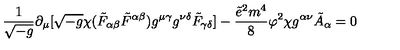
\frac { 1 } { \sqrt { - g } } \partial _ { \mu } [ \sqrt { - g } \chi ( \tilde { F } _ { \alpha \beta } \tilde { F } ^ { \alpha \beta } ) g ^ { \mu \gamma } g ^ { \nu \delta } \tilde { F } _ { \gamma \delta } ] - \frac { \tilde { e } ^ { 2 } m ^ { 4 } } { 8 } \varphi ^ { 2 } \chi g ^ { \alpha \nu } \tilde { A } _ { \alpha } = 0